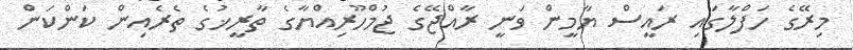
މިރޭގެ ހަފްލާގައި ރައީސް ޔާމީން ވަނީ ރާއްޖޭގެ ޖުމްހޫރިއްޔާގެ ތާރީޚުގެ ތެރެއިން ކަންކަން